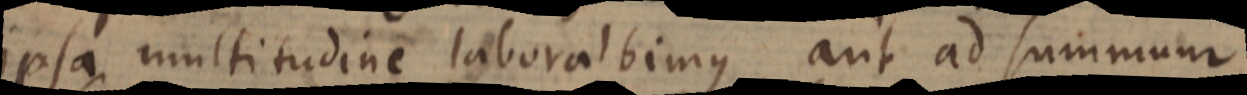
ipsa multitudine laborabimus aut ad summum